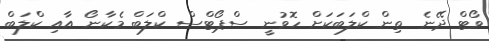
ވޯޓް ދޭނެ ތިން ކްލަބަކަށް ހޮވުނީ ސްޕޯޓްސް ކްލަބް މެކާނޯ އާއި ކްލަބް